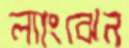
ল্যাংঝেন